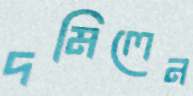
দমিলেন